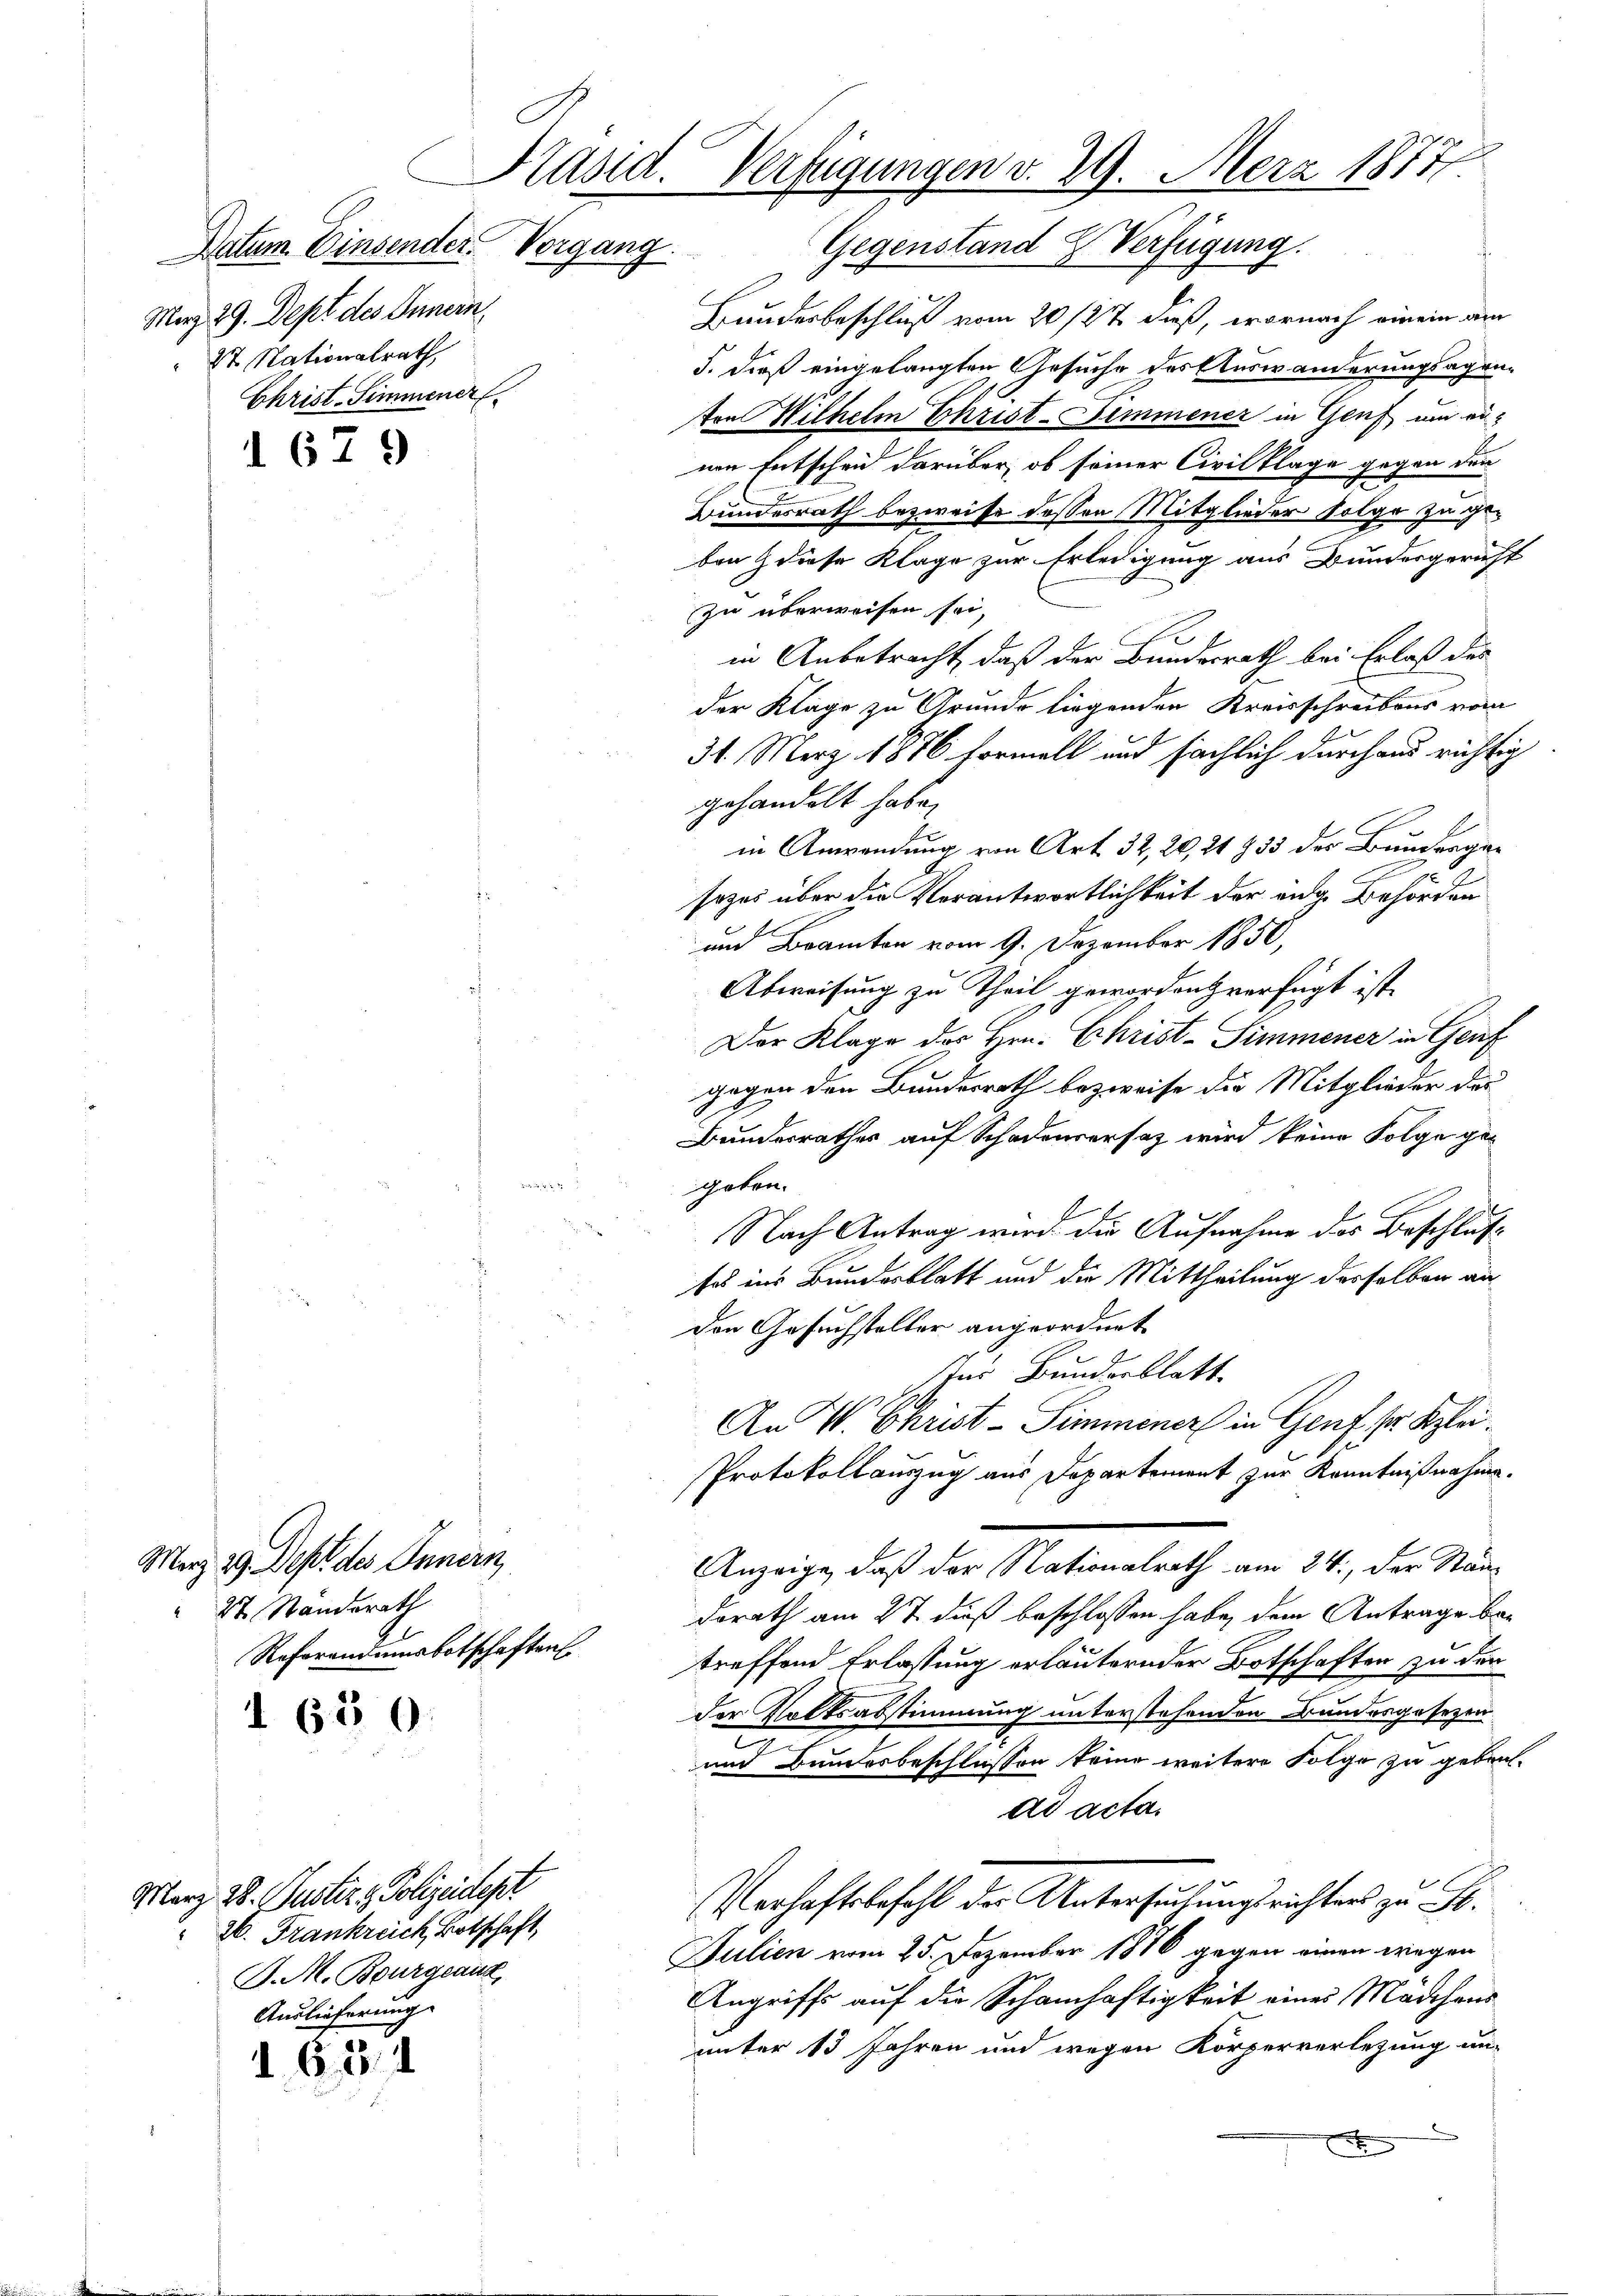
Datum. Einsender Vergang
Merz 29. Dept des Innern,
St Nationalrath,
Christ-Simmener

1679

Merz 29. Sept des Innern,
27 Standerath
Referandumsbotschaften

d 650.

628.

März 28. Justiz & Polizeidept
26. Frankreich, Botschaft,
J. M. Bourgeaux
Auslieferung

Präsid. Verfügungen v. 29. Merz 18777.
Gegenstand & Verfügung.

Bundesbeschluß vom 20/27 dieß, wornach einem am
5. dieß eingelangten Gesuche des Auswanderungsagen-
ten Wilhelm Christ-Simmener in Genf um einen Entscheid darüber, ob seiner Civilklage gegen den
Bundesrath bezweife dessen Mitglieder folge zu geben & diese Klage zur Erledigung aus Bundesgericht
zu überweisen sei,
in Anbetracht, daß der Bundesrath bei Erlaß des
der Klage zu Grunde liegenden Kreisschreibens vom
31. März 1876 formell und sächlich durchaus richtig
gehandelt habe,
in Anwendung von Art. 32, 20, 21 § 33 der Bundergesozei über die Verantwortlichkeit der aug. Behörden
und Beamten vom 9. Dezember 1850,
Abweisung zu Theil geworden verfügt ist.
Der Klage des Hrn. Christ-Simmener in Genf
gegen den Bundesrath bezweife die Mitglieder des
.
Bundesrathes auf Schadenversatz wird keine Folge geeinhe
geben.
Nach Antrag wird die Aufnahme des Beschlußtes ins Bunderblatt und die Mittheilung desselben an
den Gesuchsteller angeordnet
Ins Bunderblatt
An V. Christ-Simmener in Genf sr. Klei
Protokollauszug aus Departement zur Kenntnißnahme.
Anzeige, daß der Nationalrath am 24., der Staadorath am 27. dieß beschlossen habe, dem Antrage betreffend Erlassung erläuternder Botschaften zu der
der Volksabstimmung unterstehenden Bundesgesezen
und Bundesbeschlüssen keine weitere Folge zu gebenad acta.
Verhaftsbefehl der Untersuchungsrichters zu H
Julien vom 25. Dezember 1876 gegen einen wegen
Angriffs auf die Schamhaftigkeit eines Mädchens
unter 13 Jahren und wegen Körperverlegung un-
x